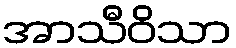
အာသီဝိသာ